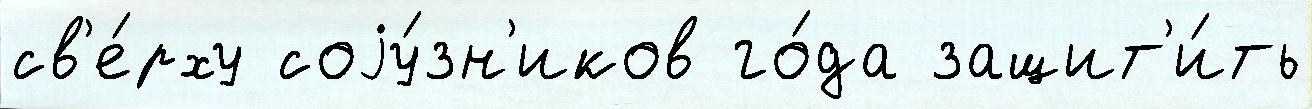
св'е́рху соjу́зн'иков го́да защит'и́ть